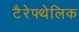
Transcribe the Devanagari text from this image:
टैरेफ्थेलिक